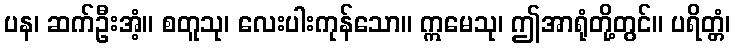
ပန၊ ဆက်ဦးအံ့။ စတူသု၊ လေးပါးကုန်သော။ ဣမေသု၊ ဤအာရုံတို့တွင်။ ပရိတ္တံ၊